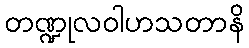
တဏ္ဍုလဝါဟသတာနိ